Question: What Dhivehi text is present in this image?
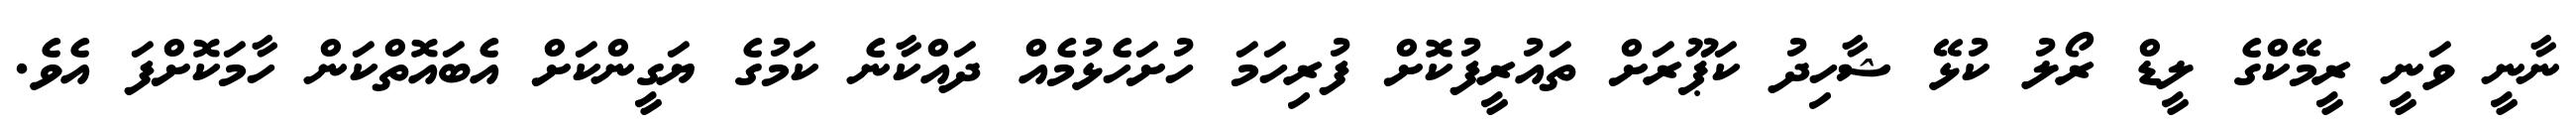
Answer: ނާނީ ވަނީ ރީމޭކްގެ ލީޑް ރޯލު ކުޅޭ ޝާހިދު ކަޕޫރަށް ތައުރީފުކޮށް ފުރިހަމަ ހުށަހެޅުމެއް ދައްކާނެ ކަމުގެ ޔަގީންކަށް އެބައޮތްކަން ހާމަކޮށްފަ އެވެ.